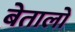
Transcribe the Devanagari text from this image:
बेतालो